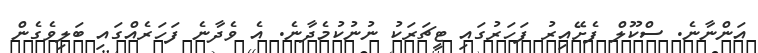
އަންނާނެ. ސްކޫލް ފެށޭއިރު ފަހަރުގައި ޓީޗަރަކު ނުނުކުމެދާނެ. އެ ވެދާނެ ފަހަރެއްގައި ބަލިވެގެން